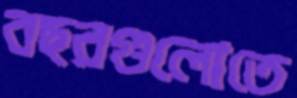
বছরগুলোতে